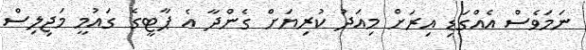
ނަމަވެސް އެއްގަޑި އިރަށް މިއަދު ކުރިޔަށް ގެންދާ އެ ޕާޓީގެ ގައުމީ މަޖިލިސް